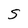
Character: S